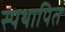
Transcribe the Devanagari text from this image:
स्पथापित